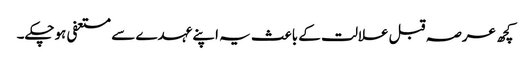
کچھ عرصہ قبل علالت کے باعث یہ اپنے عہدے سے مستعفی ہوچکے۔